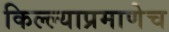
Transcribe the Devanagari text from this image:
किल्ल्याप्रमाणेच